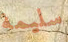
سليمة